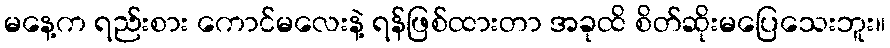
မနေ့က ရည်းစား ကောင်မလေးနဲ့ ရန်ဖြစ်ထားတာ အခုထိ စိတ်ဆိုးမပြေသေးဘူး။